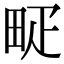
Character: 𤱐